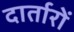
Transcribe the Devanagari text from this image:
दार्तारों